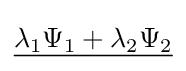
{\underline {\lambda _{1}\Psi _{1}+\lambda _{2}\Psi _{2}}}